Annual report of the Imperial Bacteriologist
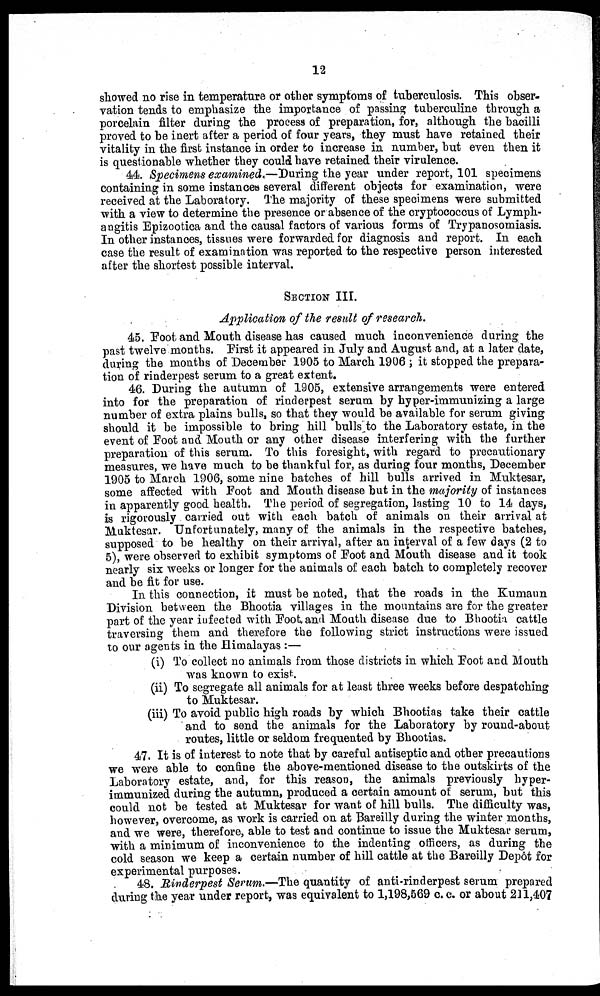
12
showed no rise in temperature or other symptoms of tuberculosis. This obser-
vation tends to emphasize the importance of passing tuberculine through a
porcelain filter during the process of preparation, for, although the bacilli
proved to be inert after a period of four years, they must have retained their
vitality in the first instance in order to increase in number, but even then it
is questionable whether they could have retained their virulence.
44. Specimens examined.—During the year under report, 101 specimens
containing in some instances several different objects for examination, were
received at the Laboratory. The majority of these specimens were submitted
with a view to determine the presence or absence of the cryptococcus of Lymph-
angitis Epizootica and the causal factors of various forms of Trypanosomiasis.
In other instances, tissues were forwarded for diagnosis and report. In each
case the result of examination was reported to the respective person interested
after the shortest possible interval.
SECTION III.
Application of the result of research.
45. Foot and Mouth disease has caused much inconvenience during the
past twelve months. First it appeared in July and August and, at a later date,
during the months of December 1905 to March 1906 ; it stopped the prepara-
tion of rinderpest serum to a great extent.
46. During the autumn of 1905, extensive arrangements were entered
into for the preparation of rinderpest serum by hyper-immunizing a large
number of extra plains bulls, so that they would be available for serum giving
should it be impossible to bring hill bulls to the Laboratory estate, in the
event of Foot and Mouth or any other disease interfering with the further
preparation of this serum. To this foresight, with regard to precautionary
measures, we have much to be thankful for, as during four months, December
1905 to March 1906, some nine batches of hill bulls arrived in Muktesar,
some affected with Foot and Mouth disease but in the majority of instances
in apparently good health. The period of segregation, lasting 10 to 14 days,
is rigorously carried out with each batch of animals on their arrival at
Muktesar. Unfortunately, many of the animals in the respective batches,
supposed to be healthy on their arrival, after an interval of a few days (2 to
5), were observed to exhibit symptoms of Foot and Mouth disease and it took
nearly six weeks or longer for the animals of each batch to completely recover
and be fit for use.
In this connection, it must be noted, that the roads in the Kumaun
Division between the Bhootia villages in the mountains are for the greater
part of the year infected with Foot and Mouth disease due to Bhootia cattle
traversing them and therefore the following strict instructions were issued
to our agents in the Himalayas :—
(i) To collect no animals from those districts in which Foot and Mouth
was known to exist.
(ii) To segregate all animals for at least three weeks before despatching
to Muktesar.
(iii) To avoid public high roads by which Bhootias take their cattle
and to send the animals for the Laboratory by round-about
routes, little or seldom frequented by Bhootias.
47. It is of interest to note that by careful antiseptic and other precautions
we were able to confine the above-mentioned disease to the outskirts of the
Laboratory estate, and, for this reason, the animals previously hyper-
immunized during the autumn, produced a certain amount of serum, but this
could not be tested at Muktesar for want of hill bulls. The difficulty was,
however, overcome, as work is carried on at Bareilly during the winter months,
and we were, therefore, able to test and continue to issue the Muktesar serum,
with a minimum of inconvenience to the indenting officers, as during the
cold season we keep a certain number of hill cattle at the Bareilly Depôt for
experimental purposes.
48. Rinderpest Serum.—The quantity of anti-rinderpest serum prepared
during the year under report, was equivalent to 1,198,569 c. c. or about 211,407